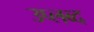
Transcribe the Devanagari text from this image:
उप्लब्द